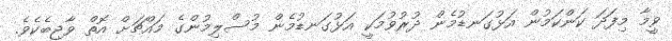
ވީމާ މިފަދަ ކަންކަމުން އަޅުގަނޑުމެން ދުރުވުމަކީ އަޅުގަނޑުމެން މުސްލިމުންގެ މައްޗަށް އޮތް ވާޖިބެކެވެ.